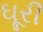
ઘૂરી